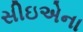
સીઇએના